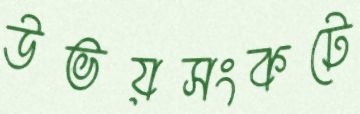
উভয়সংকটে